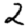
Digit: 2